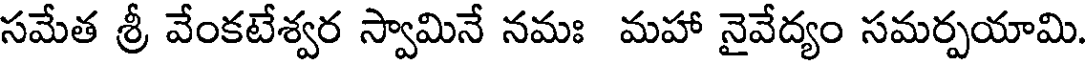
సమేత శ్రీ వేంకటేశ్వర స్వామినే నమః మహా నైవేద్యం సమర్పయామి.